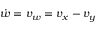
\dot { w } = v _ { w } = v _ { x } - v _ { y }